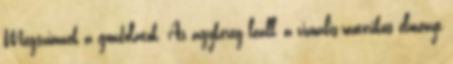
Megszűnnek a gondolatok. Az agykéreg leáll, a vizuális-motorikus élményt